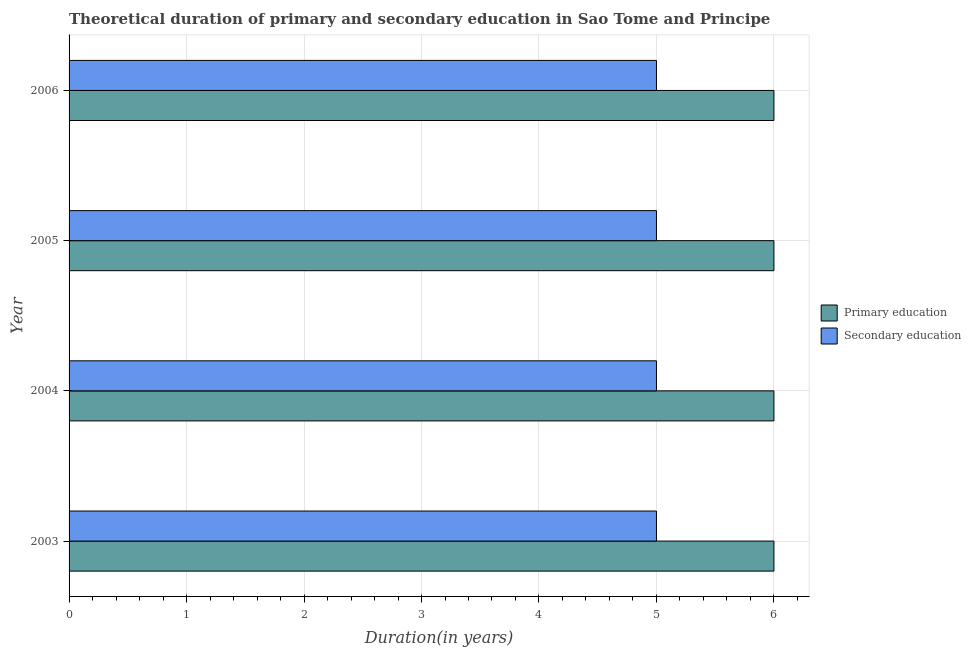
| Year | Primary education | Secondary education |
 | --- | --- | --- |
 | 2003 | 6 | 5 |
 | 2004 | 6 | 5 |
 | 2005 | 6 | 5 |
 | 2006 | 6 | 5 |